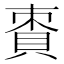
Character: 𧵩